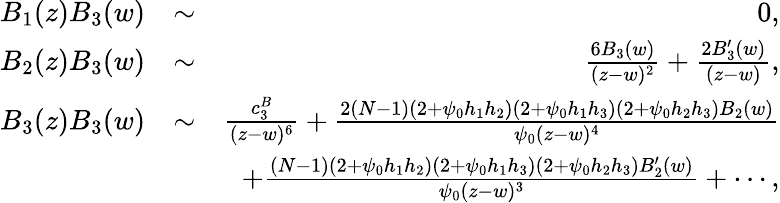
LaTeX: \begin{array}{rlr}{B_{1}(z)B_{3}(w)}&{\sim}&{0,}\\ {B_{2}(z)B_{3}(w)}&{\sim}&{\frac{6B_{3}(w)}{(z-w)^{2}}+\frac{2B_{3}^{\prime}(w)}{(z-w)},}\\ {B_{3}(z)B_{3}(w)}&{\sim}&{\frac{c_{3}^{B}}{(z-w)^{6}}+\frac{2(N-1)(2+\psi_{0}h_{1}h_{2})(2+\psi_{0}h_{1}h_{3})(2+\psi_{0}h_{2}h_{3})B_{2}(w)}{\psi_{0}(z-w)^{4}}}\\ &{}&{+\frac{(N-1)(2+\psi_{0}h_{1}h_{2})(2+\psi_{0}h_{1}h_{3})(2+\psi_{0}h_{2}h_{3})B_{2}^{\prime}(w)}{\psi_{0}(z-w)^{3}}+\cdots,}\end{array}